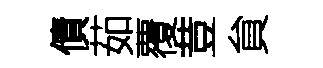
債茹覆荳貟